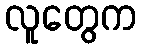
လူတွေက